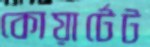
কোয়ার্টেট